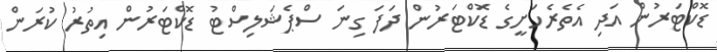
ޑޮކްޓަރުން އަދި އެތެރެހަށީގެ ޑޮކްޓަރުން ދަފަ ގިނަ ސްޕެޝަލިސްޓު ޑޮކްޓަރުން އިތުރު ކުރަން